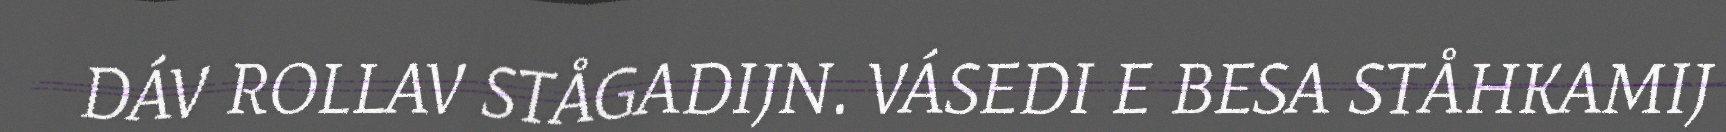
DÁV ROLLAV STÅGADIJN. VÁSEDI E BESA STÅHKAMIJ